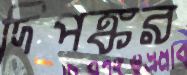
দিপঙ্কর